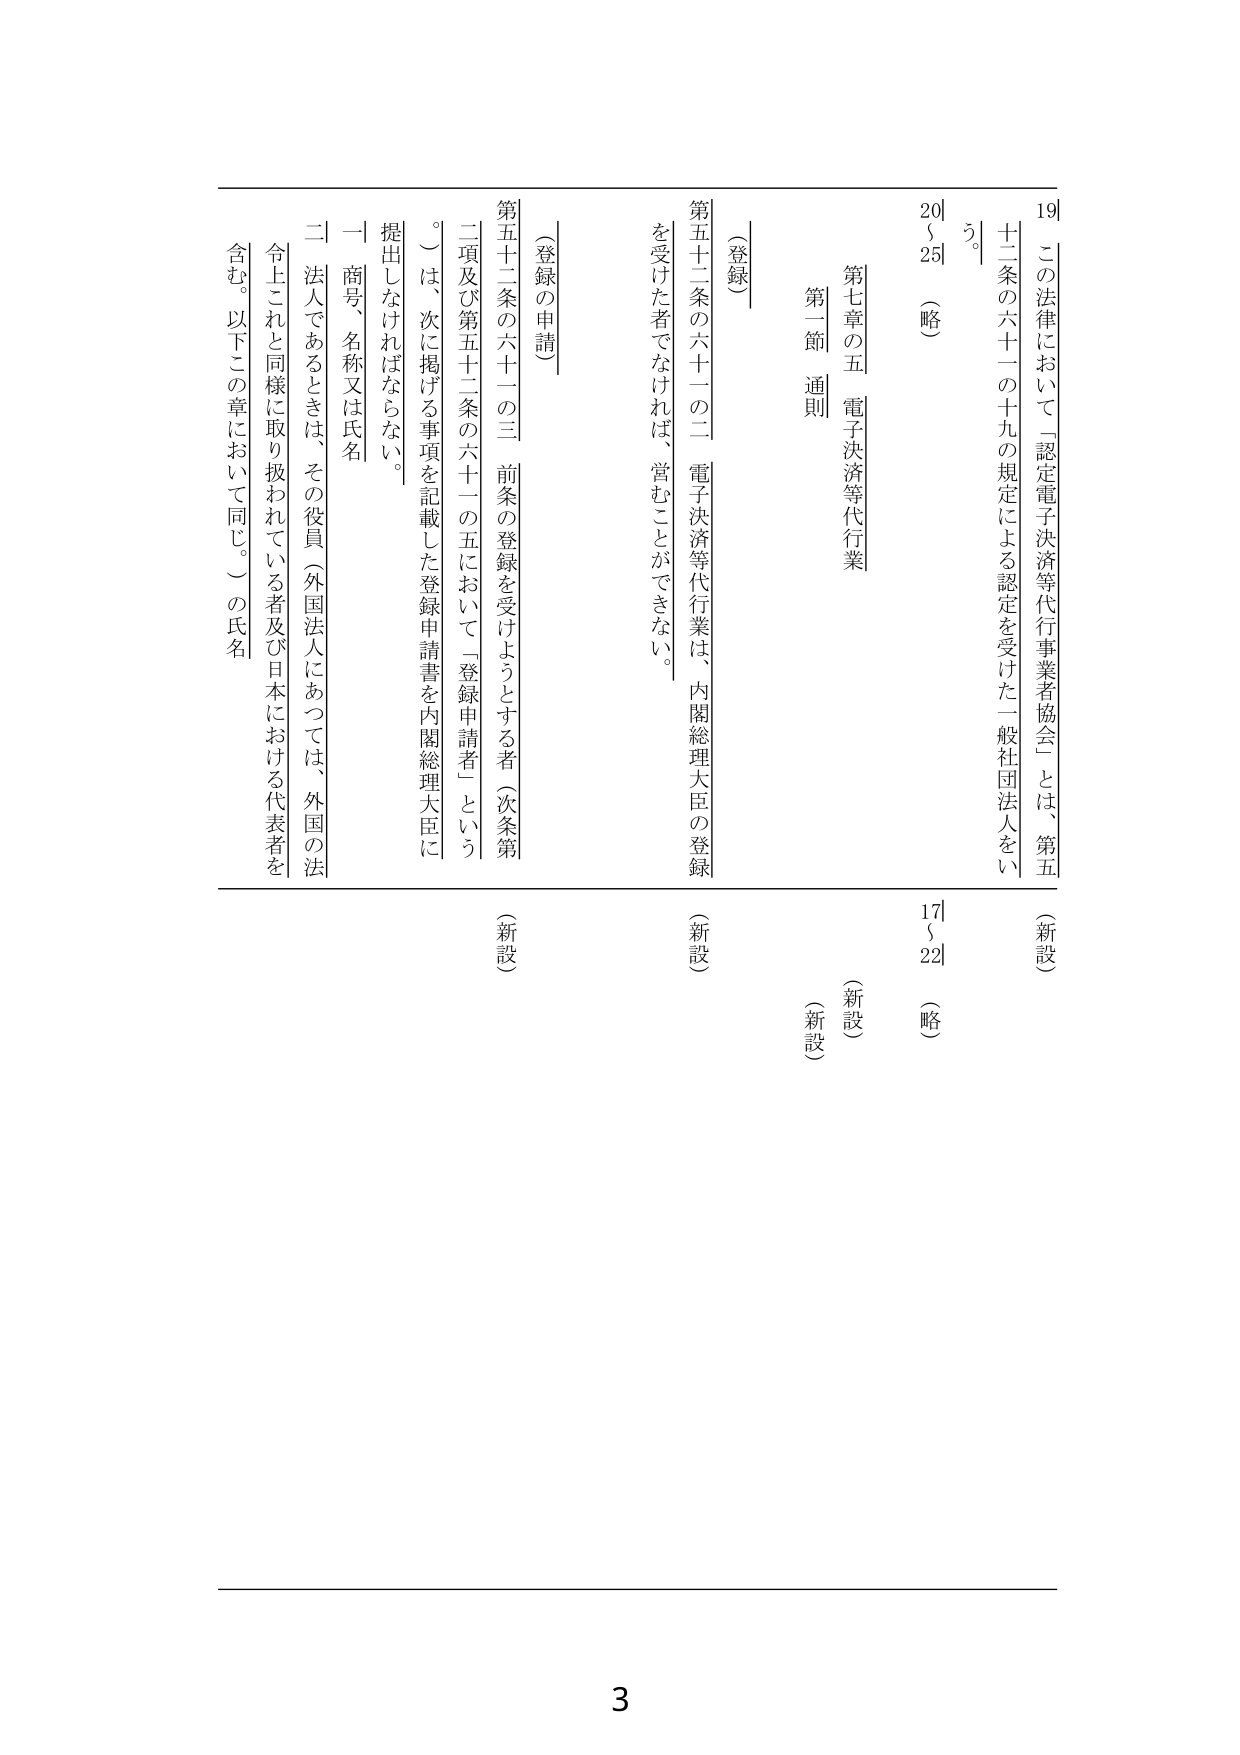
19  この法律において「認定電子決済等代行業者協会」とは、第五十二条の六十一の十九の規定による認定を受けた一般社団法人をいう。
20 ～ 25 （略）

第七章の五 電子決済等代行業
第一節 通則

（登録）
第五十二条の六十一の二 電子決済等代行業は、内閣総理大臣の登録を受けた者でなければ、営むことができない。
（新設）

（登録の申請）
第五十二条の六十一の三 前条の登録を受けようとする者（次条第二項及び第五十二条の六十一の五において「登録申請者」という。）は、次に掲げる事項を記載した登録申請書を内閣総理大臣に提出しなければならない。
一 商号、名称又は氏名
二 法人であるときは、その役員（外国法人にあつては、外国の法令上これと同様に取り扱われている者及び日本における代表者を含む。以下この章において同じ。）の氏名
（新設）

（新設）
17 ～ 22 （略）

3